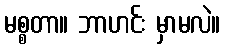
မစ္စတာ။ ဘာဟင်း မှာမလဲ။